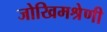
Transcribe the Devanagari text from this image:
जोखिमश्रेणी